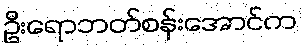
ဦးရောဘတ်စန်းအောင်က